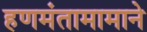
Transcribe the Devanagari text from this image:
हणमंतामामाने